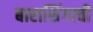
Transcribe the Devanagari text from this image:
बाराशिंगाची